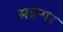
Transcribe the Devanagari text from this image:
सङगर